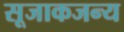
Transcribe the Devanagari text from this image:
सूजाकजन्य